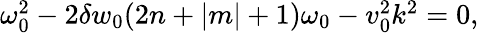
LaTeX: \begin{array}{r}{\omega_{0}^{2}-2\delta w_{0}(2n+|m|+1)\omega_{0}-v_{0}^{2}k^{2}=0,}\end{array}